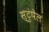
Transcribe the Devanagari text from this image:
स्टुंपेल